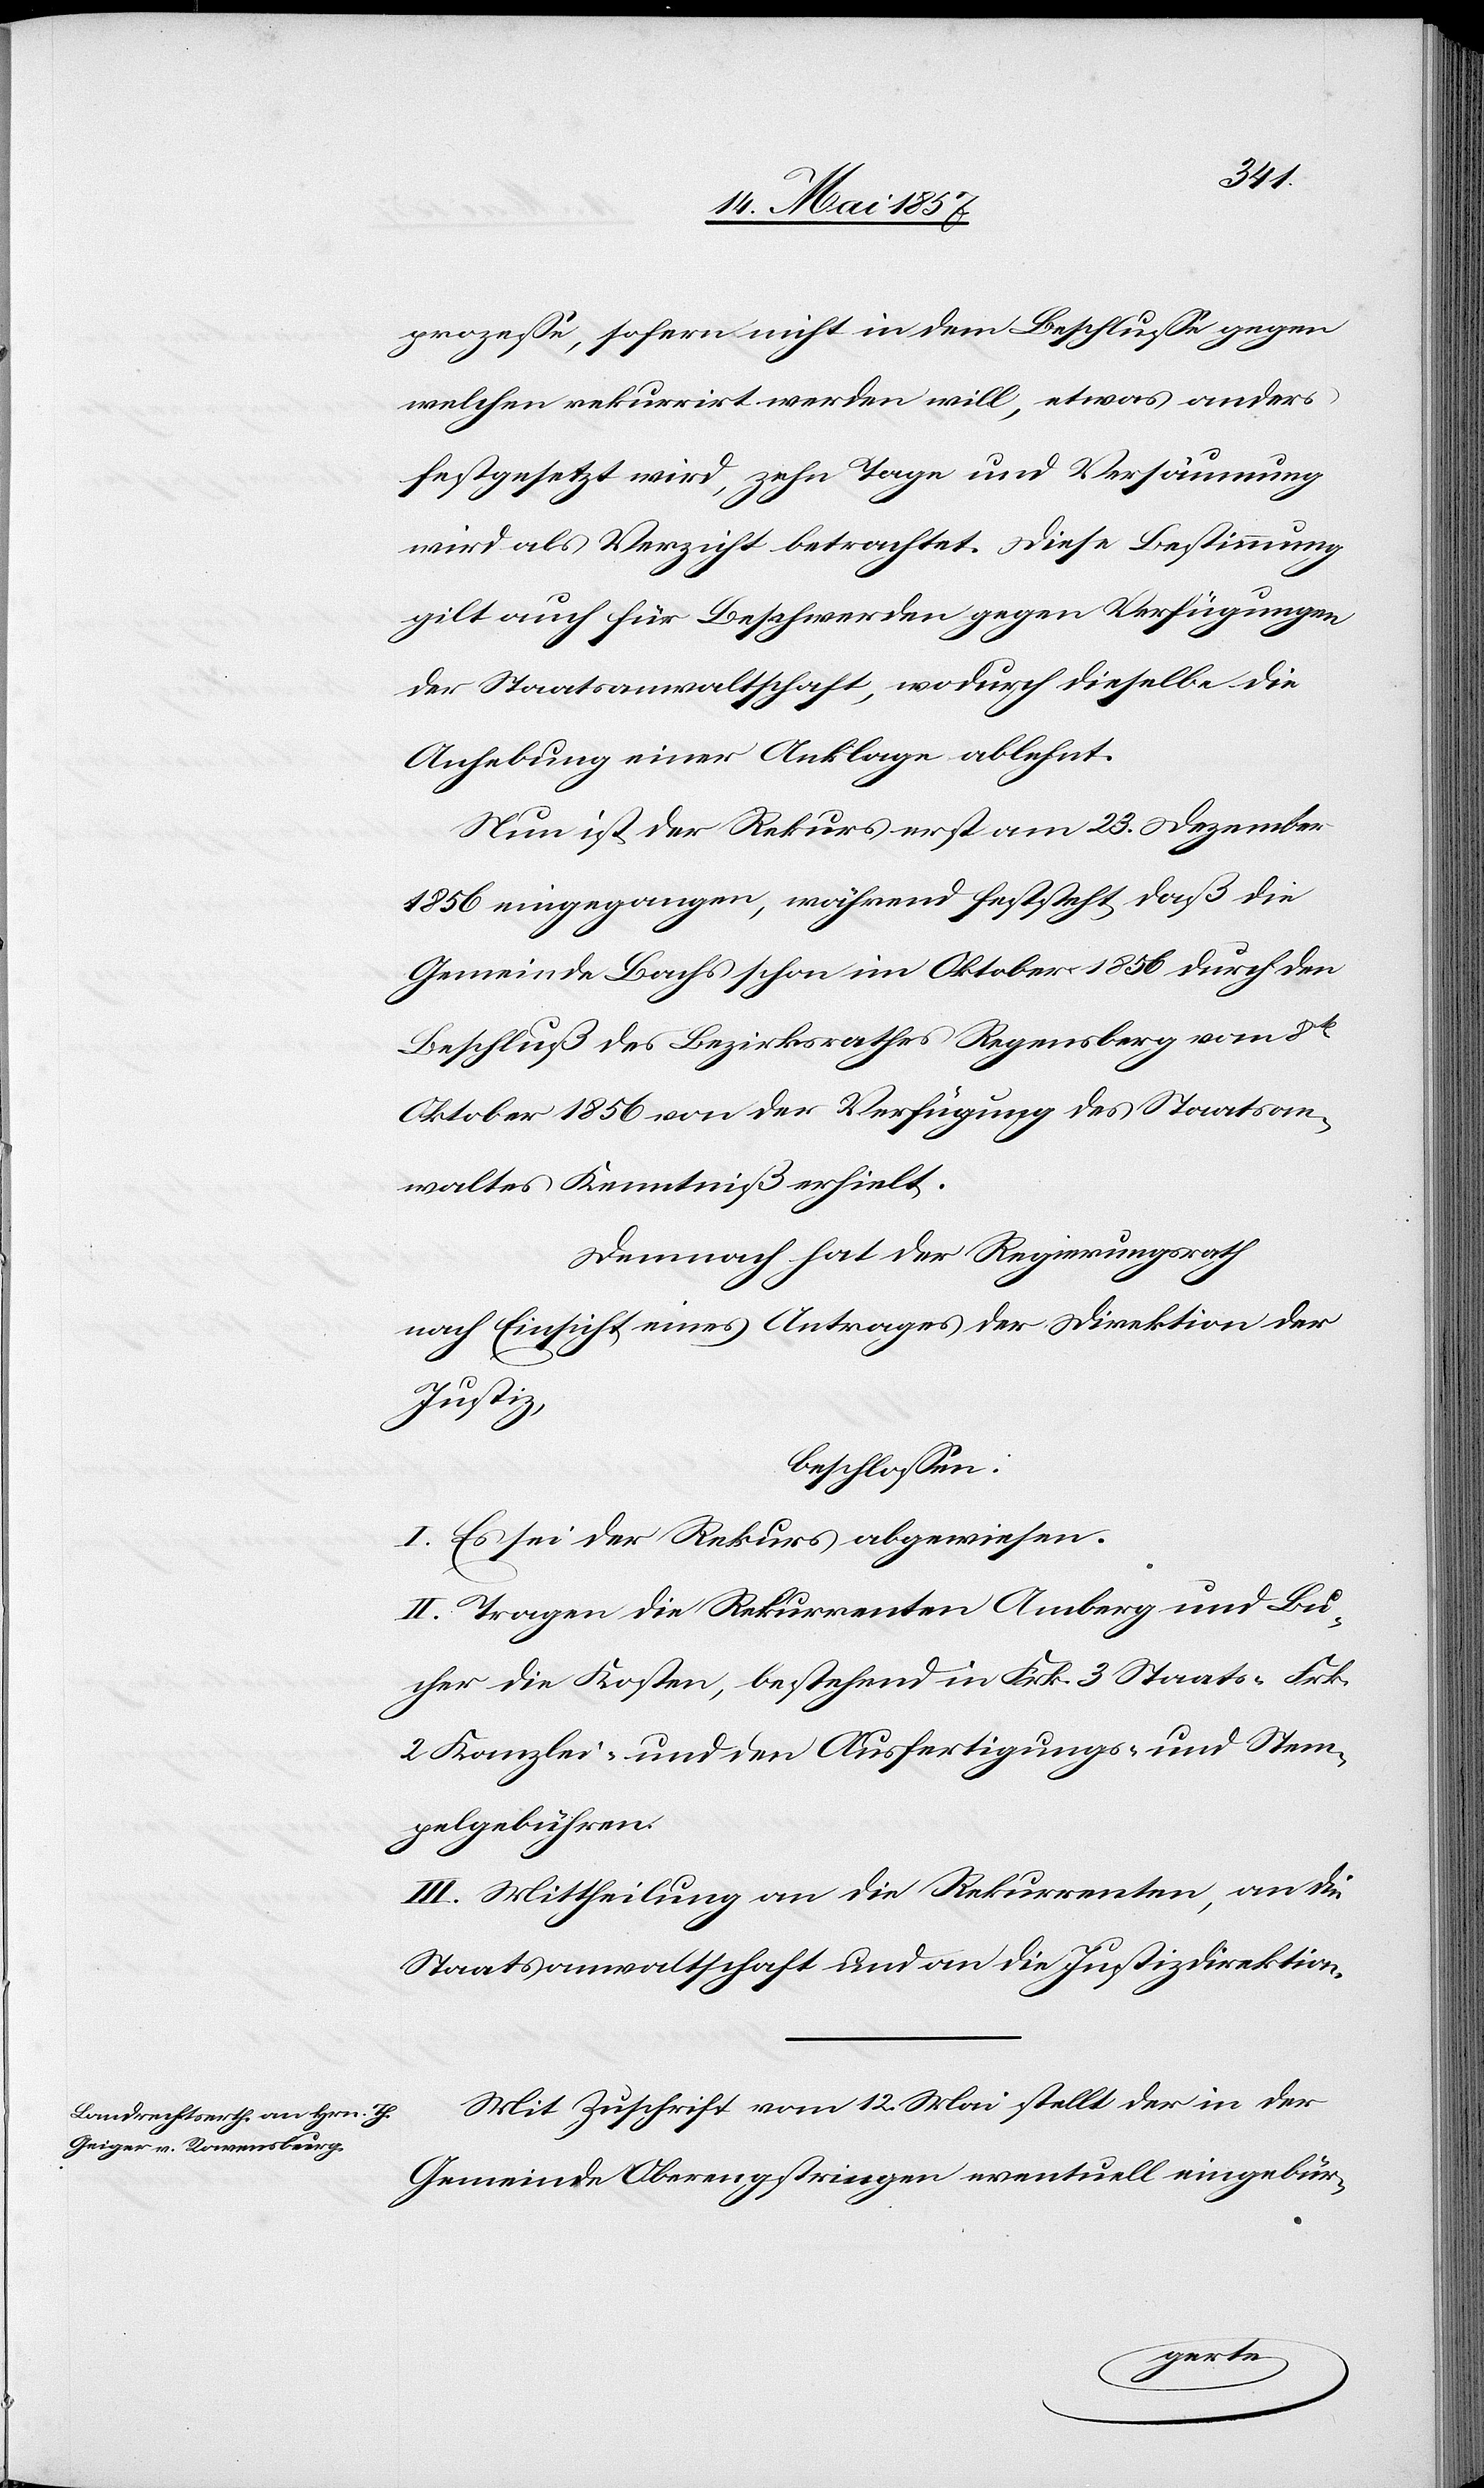
prozeße, sofern nicht in dem Beschlusse gegen
welchen rekurrirt werden will, etwas anderes
festgesetzt wird, zehn Tage und Versäumung
wird als Verzicht betrachtet. Diese Bestimmung
gilt auch für Beschwerden gegen Verfügungen
der Staatsanwaltschaft, wodurch dieselbe die
Anhebung einer Anklage ablehnt.
Nun ist der Rekurs erst am 23 Dezember
1856 eingegangen, während feststeht, daß die
Gemeinde Bachs schon im Oktober 1856 durch den
Beschluß des Bezirksrathes Regensberg vom 8t
Oktober 1856 von der Verfügung des Staatsan¬
waltes Kenntniß erhielt.
Demnach hat der Regierungsrath
nach Einsicht eines Antrages der Direktion der
Justiz,
beschlossen:
I. Es sei der Rekurs abgewiesen.
II. Tragen die Rekurrenten Amberg und Bu¬
cher die Kosten, bestehend in Frk. 3 Staats- Frk.
2 Kanzlei- und den Ausfertigungs- u. Stem¬
pelgebühren.
III. Mittheilung an die Rekurrenten, an die
Staatsanwaltschaft und an die Justizdirektion.
Mit Zuschrift vom 12 Mai stellt der in der
Gemeinde Oberengstringen eventuell eingebür-